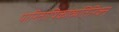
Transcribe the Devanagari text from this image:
पारितोषिकाव्यतिरिक्त